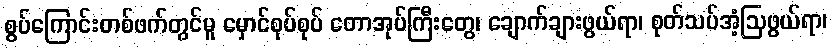
စွပ်ကြောင်းတစ်ဖက်တွင်မူ မှောင်စုပ်စုပ် တောအုပ်ကြီးတွေ၊ ချောက်ချားဖွယ်ရာ၊ စုတ်သပ်အံ့ဩဖွယ်ရာ၊